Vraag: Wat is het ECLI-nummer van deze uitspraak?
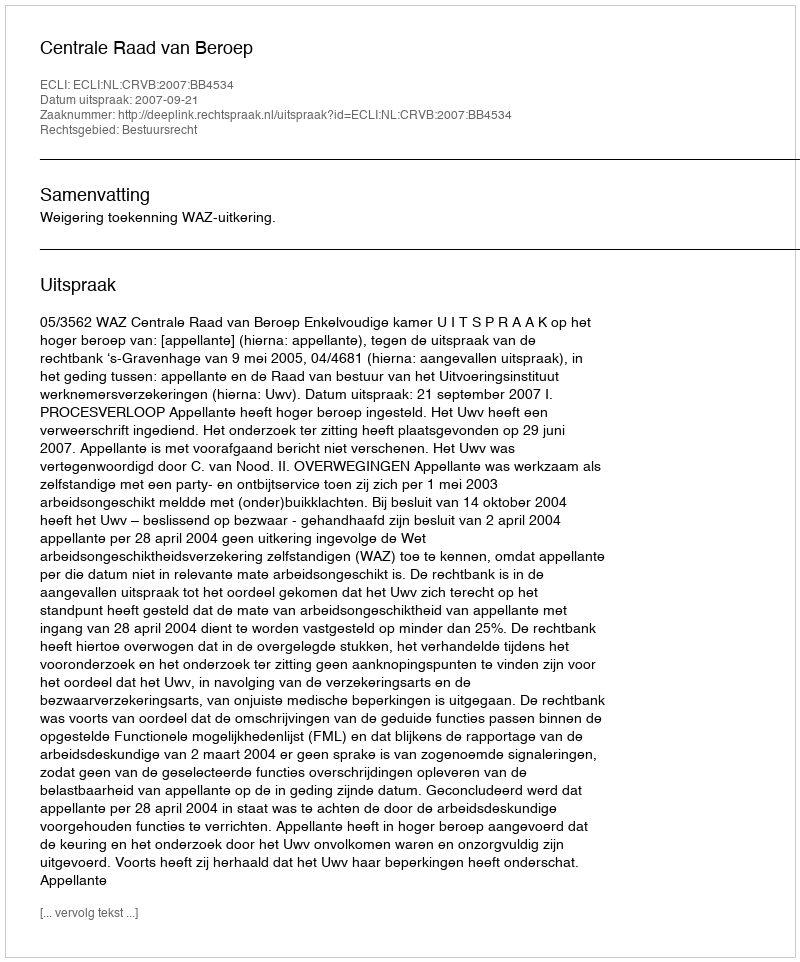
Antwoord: ECLI:NL:CRVB:2007:BB4534